Vaccination in Burma 1920-1933 - 1920-1933
Year: 1920
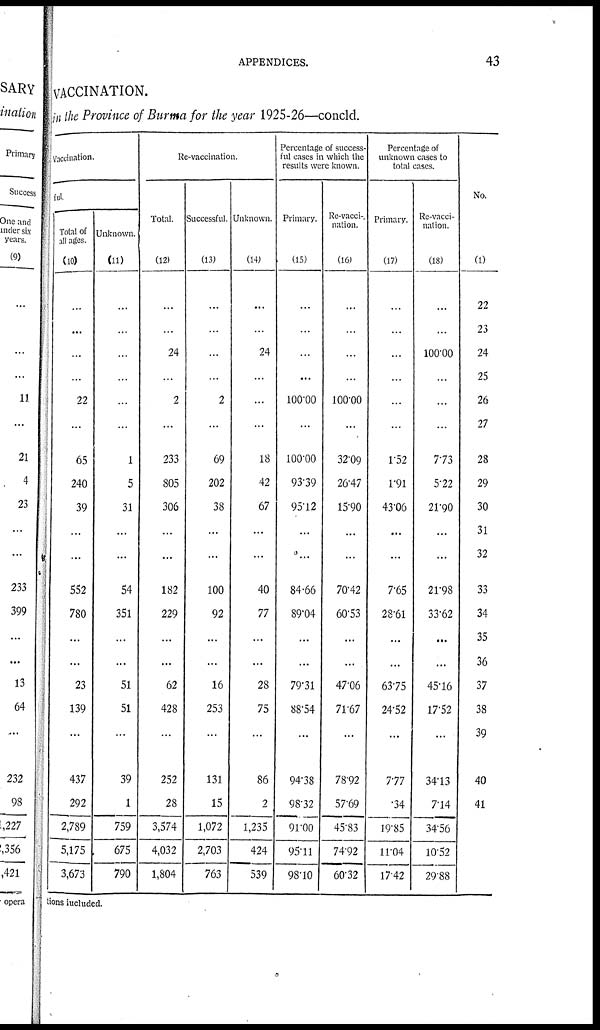
APPENDICES.
43
VACCINATION.
in the Province of Burma for the year 1925-26—concld.
Vaccination.
ful.
Total of
all ages.
(10)
...
...
...
...
22
...
65
240
39
...
...
552
780
...
...
23
139
...
437
292
2,789
5,175
3,673
Unknown.
(11)
...
...
...
...
...
...
1
5
31
...
...
54
351
...
...
51
51
...
39
1
759
675
790
Re-vaccination.
Total.
(12)
...
...
24
...
2
...
233
805
306
...
...
182
229
...
...
62
428
...
252
28
3,574
4,032
1,804
Successful.
(13)
...
...
...
...
2
...
69
202
38
...
...
100
92
...
...
16
253
...
131
15
1,072
2,703
763
Unknown.
(14)
...
...
24
...
...
...
18
42
67
...
...
40
77
...
...
28
75
...
86
2
1,235
424
539
Percentage of success-
ful cases in which the
results were known.
Primary.
(15)
...
...
...
...
100.00
...
100.00
93.39
95.12
...
...
84.66
89.04
...
...
79.31
88.54
...
94.38
98.32
91.00
95.11
98.10
Re-vacci-
nation.
(16)
...
...
...
...
100.00
...
32.09
26.47
15.90
...
...
70.42
60.53
...
...
47.06
71.67
...
78.92
57.69
45.83
74.92
60.32
Percentage of
unknown cases to
total cases.
Primary.
(17)
...
...
...
...
...
...
1.52
1.91
43.06
...
...
7.65
28.61
...
...
63.75
24.52
...
7.77
.34
19.85
11.04
17.42
Re-vacci-
nation.
(18)
...
...
100.00
...
...
...
7.73
5.22
21.90
...
...
21.98
33.62
...
...
45.16
17.52
...
34.13
7.14
34.56
10.52
29.88
No.
(1)
22
23
24
25
26
27
28
29
30
31
32
33
34
35
36
37
38
39
40
41
...
...
...
tions iucluded.